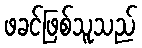
ဖခင်ဖြစ်သူသည်